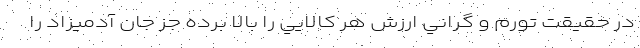
در حقيقت تورم و گراني ارزش هر كالايي را بالا برده جز جان آدميزاد را